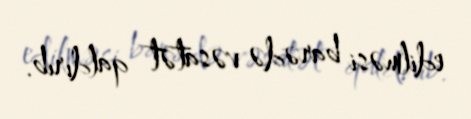
edilməsi barədə vəsatət qaldırıb.